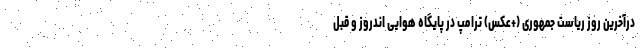
درآخرین روز ریاست جمهوری (+عکس) ترامپ در پایگاه هوایی اندروز و قبل